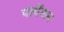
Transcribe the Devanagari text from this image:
पार्थेनान